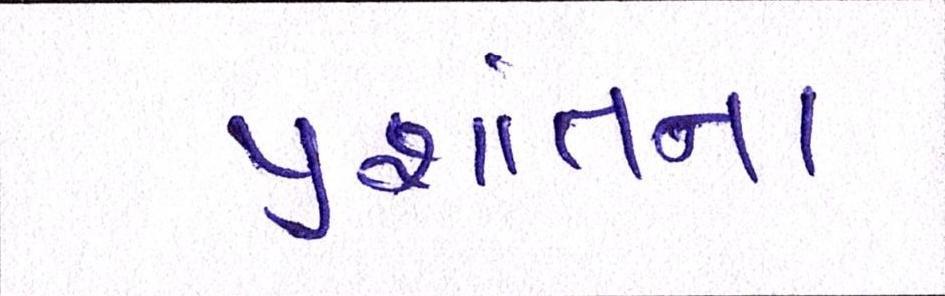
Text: પ્રશાંતના